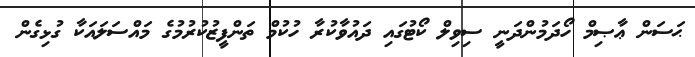
ޙަސަން ޢާޞިމް ހޯދަމުންދަނީ ސިވިލް ކޯޓުގައި ދައުވާކުރާ ހުކުމް ތަންފީޒުކުރުމުގެ މައްސަލައަކާ ގުޅިގެން